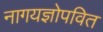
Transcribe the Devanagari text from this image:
नागयज्ञोपवित